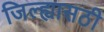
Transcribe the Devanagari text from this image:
जिल्ह्यासठी